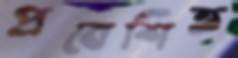
প্রবেশিত